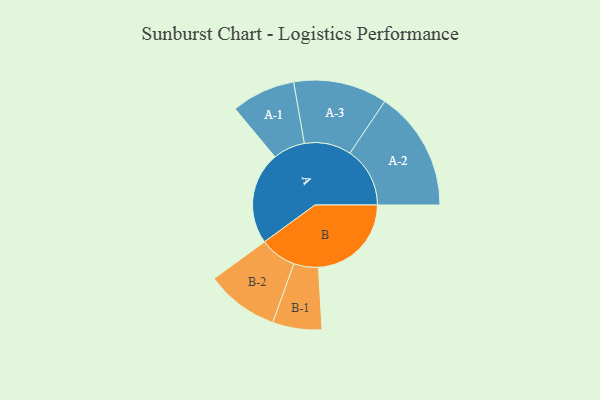
{"axis": {"x": "Segment", "y": "Value"}, "legend": ["", "A", "B"], "data": [{"x": "A", "y": 402, "type": ""}, {"x": "B", "y": 404, "type": ""}, {"x": "A-1", "y": 139, "type": "A"}, {"x": "A-2", "y": 261, "type": "A"}, {"x": "A-3", "y": 204, "type": "A"}, {"x": "B-1", "y": 107, "type": "B"}, {"x": "B-2", "y": 159, "type": "B"}]}